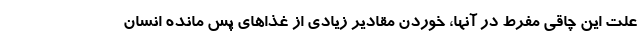
علت این چاقی مفرط در آنها، خوردن مقادیر زیادی از غذاهای پس مانده انسان